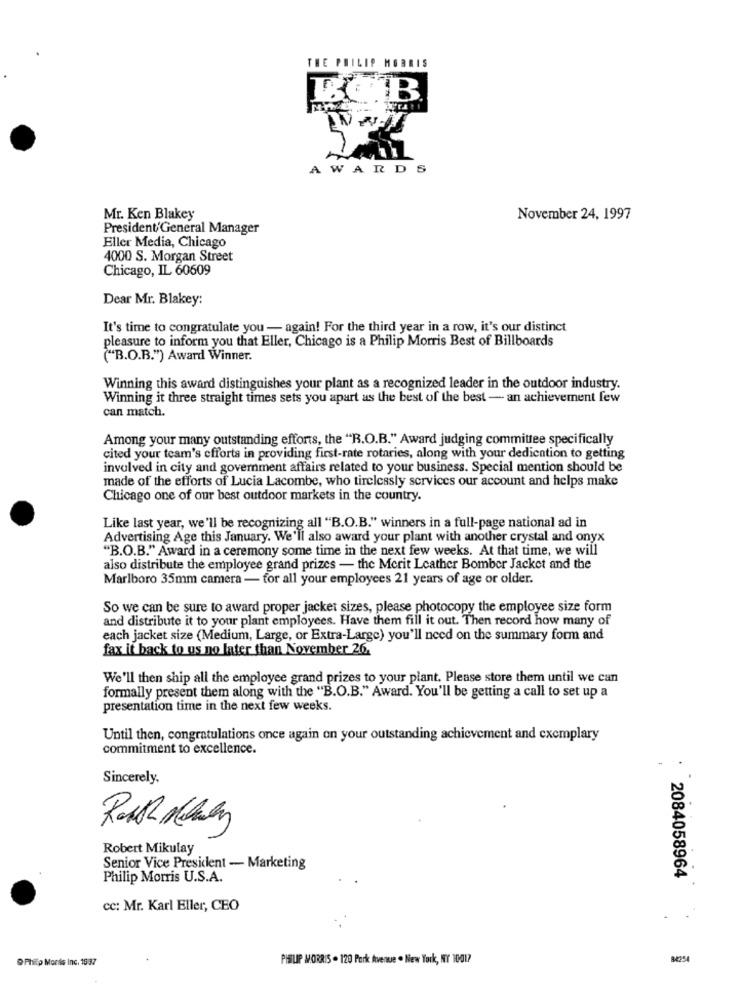
THE PHILIP MORRIS
AWARDS
Mr. Ken Blakey
November 24, 1997
President/General Manager
Eller Media, Chicago
4000 S. Morgan Street
Chicago, IL 60609
Dear Mr. Blakey:
It's time to congratulate you - again! For the third year in a row, it's our distinct
pleasure to inform you that Eller, Chicago is a Philip Morris Best of Billboards
("B.O.B.") Award Winner.
Winning this award distinguishes your plant as a recognized leader in the outdoor industry.
Winning it three straight times sets you apart as the best of the best - an achievement few
can match.
Among your many outstanding efforts, the "R.O.B." Award judging committee specifically
cited your team's efforts in providing first-rate rotaries, along with your dedication to getting
involved in city and government affairs related to your business. Special mention should be
made of the efforts of Lucia Lacombe, who tirelessly services our account and helps make
Chicago one of our best outdoor markets in the country.
Like last year, we'll be recognizing all "B.O.B." winners in a full-page national ad in
Advertising Age this January. We'll also award your plant with another crystal and onyx
"B.O.B." Award in a ceremony some time in the next few weeks. At that time, we will
also distribute the employee grand prizes - the Merit Leather Bomber Jacket and the
Marlboro 35mm camera - for all your employees 21 years of age or older.
So we can be sure to award proper jacket sizes, please photocopy the employee size form
and distribute it to your plant employees. Have them fill it out. Then record how many of
each jacket size (Medium, Large, or Extra-Large) you'll need on the summary form and
fax it back to us no later than November 26.
We'll then ship all the employee grand prizes to your plant. Please store them until we can
formally present them along with the "B.O.B." Award. You'll be getting a call to set up a
presentation time in the next few weeks.
Until then, congratulations once again on your outstanding achievement and exemplary
commitment to excellence.
Sincerely,
Robert Mikulay
Senior Vice President - Marketing
Philip Morris U.S.A.
: 2084058964
cc: Mr. Karl Eller, CEO
@ Phitp Mondis Inc. 1997
PHILIP MORRIS . 120 Park Avenue . New York, NY 10017
84254